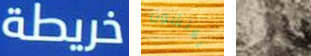
خريطة يفتشون شرير